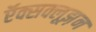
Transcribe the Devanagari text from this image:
ऍक्सक्लूझ़न